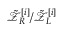
\tilde { \mathcal { Z } } _ { R } ^ { [ i ] } / \tilde { \mathcal { Z } } _ { L } ^ { [ i ] }